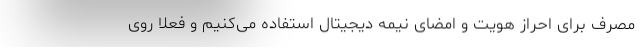
مصرف برای احراز هویت و امضای نیمه دیجیتال استفاده می‌کنیم و فعلا روی